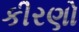
કીરણો